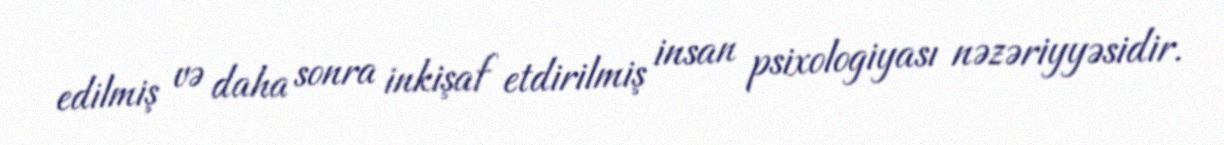
edilmiş və daha sonra inkişaf etdirilmiş insan psixologiyası nəzəriyyəsidir.